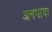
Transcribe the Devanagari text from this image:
अनपाया